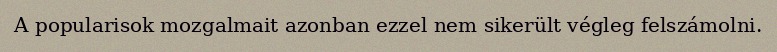
A popularisok mozgalmait azonban ezzel nem sikerült végleg felszámolni.